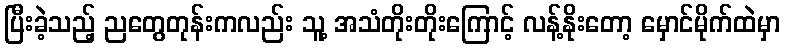
ပြီးခဲ့သည့် ညတွေတုန်းကလည်း သူ့ အသံတိုးတိုးကြောင့် လန့်နိုးတော့ မှောင်မိုက်ထဲမှာ